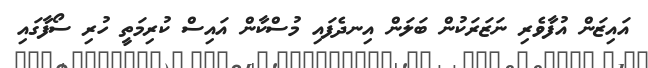
އައިޒަން އުފާވެރި ނަޒަރަކުން ބަލަން އިނދެފައި މުސްކާން އައިސް ކުރިމަތީ ހުރި ސޯފާގައި